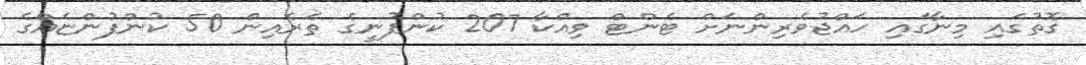
ގޮތުގައި މިނާގައި ހައްޖުވެރިންނަށް ޓެންޓް ވިއްކާ 207 ކުންފުނީގެ ތެރެއިން 50 ކުންފުންޏެއްގެ